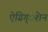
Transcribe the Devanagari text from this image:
ऐग्रिग्‌ेशन